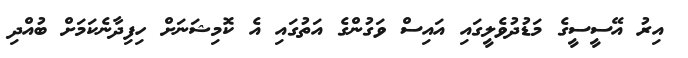
އިރު އޭސީސީގެ މަޑުދުވެލީގައި އައިސް ވަގުންގެ އަތުގައި އެ ކޮމިޝަނަށް ހިފިދާނެކަމަށް ބުއްދި